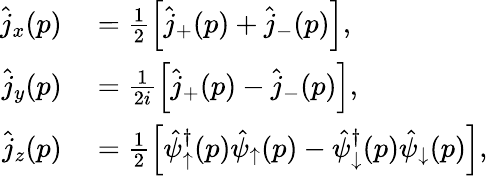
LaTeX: \begin{array}{rl}{\hat{j}_{x}(p)}&{{}=\frac{1}{2}\left[\hat{j}_{+}(p)+\hat{j}_{-}(p)\right],}\\ {\hat{j}_{y}(p)}&{{}=\frac{1}{2i}\left[\hat{j}_{+}(p)-\hat{j}_{-}(p)\right],}\\ {\hat{j}_{z}(p)}&{{}=\frac{1}{2}\left[\hat{\psi}_{\uparrow}^{\dagger}(p)\hat{\psi}_{\uparrow}(p)-\hat{\psi}_{\downarrow}^{\dagger}(p)\hat{\psi}_{\downarrow}(p)\right],}\end{array}